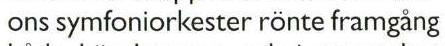
ons symfoniorkester rönte framgång